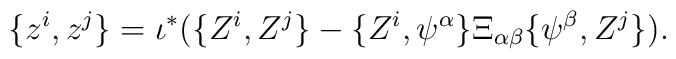
\{z^i, z^j\} = \iota^* (\{Z^i, Z^j\} - \{Z^i, \psi^\alpha\}\Xi_{\alpha \beta} \{\psi^\beta, Z^j\}).